Annual report on the mental hospital in the Central Provinces and Berar (Nagpur) - 1927-1951
Year: 1927
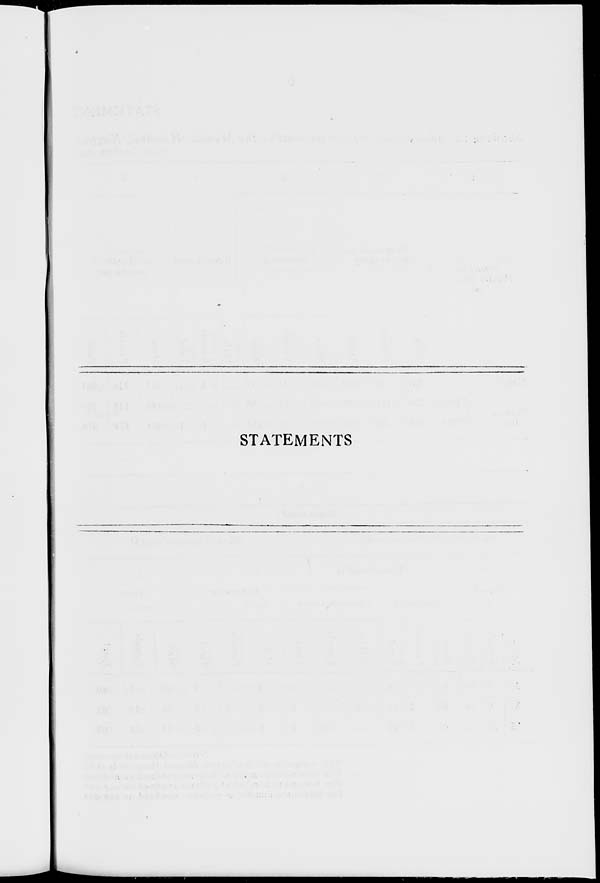
STATEMENTS